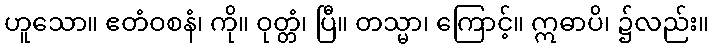
ဟူသော။ ဧတံဝစနံ၊ ကို။ ဝုတ္တံ၊ ပြီ။ တသ္မာ၊ ကြောင့်။ ဣဓာပိ၊ ၌လည်း။